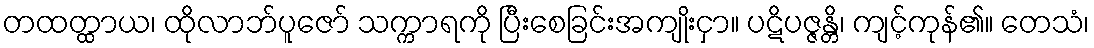
တထတ္ထာယ၊ ထိုလာဘ်ပူဇော် သက္ကာရကို ပြီးစေခြင်းအကျိုးငှာ။ ပဋိပဇ္ဇန္တိ၊ ကျင့်ကုန်၏။ တေသံ၊